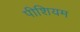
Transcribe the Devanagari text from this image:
पीशियम